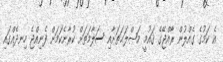
އެ ކަމުގެ ގެއްލުން ރާއްޖޭގެ ޤައުމީ މަޞްލަޙަތަށާއި ސަލާމަތަށް ކުރާނެކަމަށް ފެނިއްޖެ ހިނދެއްގައި